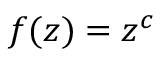
f ( z ) = z ^ { c }